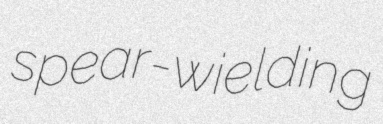
spear-wielding